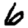
Digit: 6